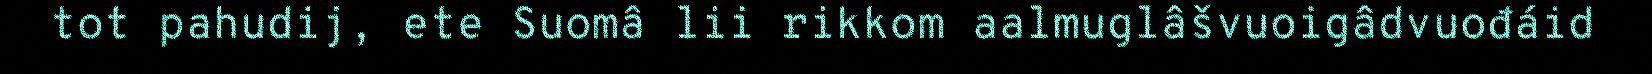
tot pahudij, ete Suomâ lii rikkom aalmuglâšvuoigâdvuođáid